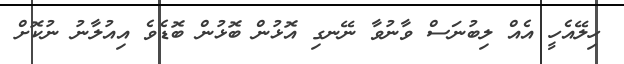
ހިލޭއެހީ އެއް ލިބުނަސް ވާނުވާ ނޭނގި އޮޅުން ބޮޅުން ބޮޑެެވެ އިއުލާނު ނުކޮށް